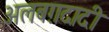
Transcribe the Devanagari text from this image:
अलबग़दादी